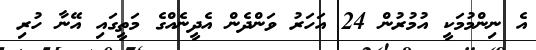
އެ ނިންމުމަކީ އުމުރުން 24 އަހަރު ވަންދެން އެދީނެއްގެ މަތީގައި އޭނާ ހުރި